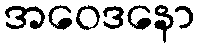
အဝေဒနော